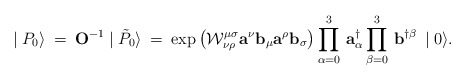
\begin{align*}\mid {P}_{0} \rangle \:=\: {\mathbf O^{-1}}\mid \tilde{P}_{0} \rangle \:=\:\exp \left( {\cal W}^{\mu\sigma}_{\nu\rho}{\mathbf a}^{\nu}{\mathbf b}_{\mu}{\mathbf a}^{\rho}{\mathbf b}_{\sigma}\right)\prod_{\alpha =0}^{3}\, {\mathbf a}^{\dagger}_{\alpha}\prod_{\beta =0}^{3}\, {\mathbf b}^{\dagger\beta}\, \mid 0 \rangle.\end{align*}